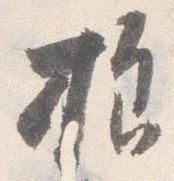
様